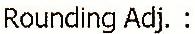
ROUNDING ADJ. :